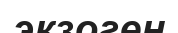
экзоген